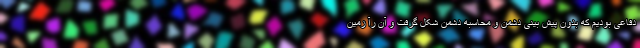
دفاعی بودیم که بدون پیش بینی دشمن و محاسبه دشمن شکل گرفت و آن رآ زمین